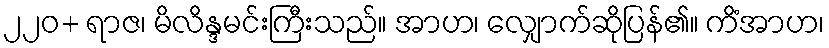
၂၂၀+ ရာဇ၊ မိလိန္ဒမင်းကြီးသည်။ အာဟ၊ လျှောက်ဆိုပြန်၏။ ကိံအာဟ၊